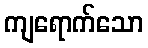
ကျရောက်သော